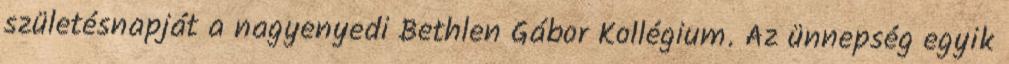
születésnapját a nagyenyedi Bethlen Gábor Kollégium. Az ünnepség egyik